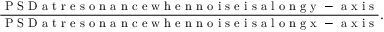
\frac { \mathrm { ~ P ~ S ~ D ~ a ~ t ~ r ~ e ~ s ~ o ~ n ~ a ~ n ~ c ~ e ~ w ~ h ~ e ~ n ~ n ~ o ~ i ~ s ~ e ~ i ~ s ~ a ~ l ~ o ~ n ~ g ~ y ~ - ~ a ~ x ~ i ~ s ~ } } { \mathrm { ~ P ~ S ~ D ~ a ~ t ~ r ~ e ~ s ~ o ~ n ~ a ~ n ~ c ~ e ~ w ~ h ~ e ~ n ~ n ~ o ~ i ~ s ~ e ~ i ~ s ~ a ~ l ~ o ~ n ~ g ~ x ~ - ~ a ~ x ~ i ~ s ~ } } .